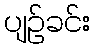
ပျဉ်ခင်း